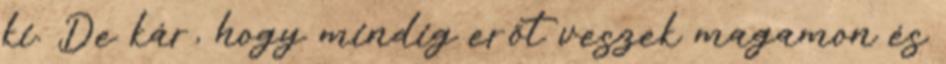
ki. De kár, hogy mindig erőt veszek magamon és